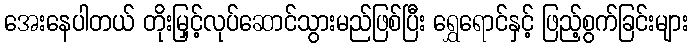
အေးနေပါတယ် တိုးမြှင့်လုပ်ဆောင်သွားမည်ဖြစ်ပြီး ရွှေရောင်နှင့် ဖြည့်စွက်ခြင်းများ